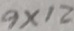
9 \times 1 2